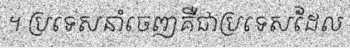
។ ប្រទេសនាំចេញគឺជាប្រទេសដែល